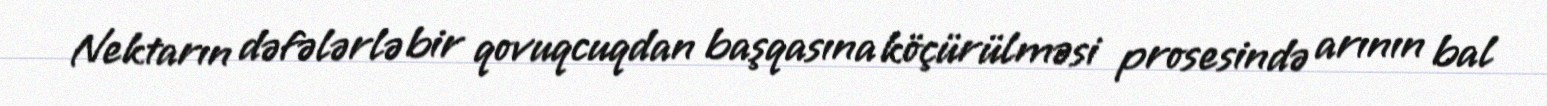
Nektarın dəfələrlə bir qovuqcuqdan başqasına köçürülməsi prosesində arının bal